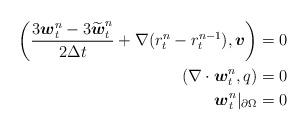
LaTeX: \begin{align*} \begin{aligned} \left(\frac{3 \boldsymbol{w}_t^n-3\widetilde{\boldsymbol{w}}_t^n}{2 \Delta t}+\nabla (r_t^{n}-r_t^{n-1}), \boldsymbol{v}\right)&=0\\(\nabla \cdot \boldsymbol{w}_t^n, q)&=0\\\boldsymbol{w}_t^n|_{\partial\Omega}&=0 \end{aligned}\end{align*}